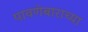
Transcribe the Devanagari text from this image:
पावणेबाराच्या